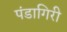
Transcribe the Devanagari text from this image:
पंडागिरी